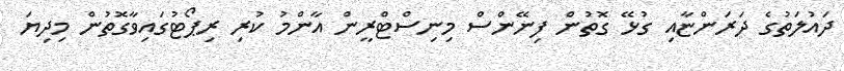
ދައުލަތުގެ ދަރަންޏާއި ގުޅޭ ގޮތުން ފިނޭންސް މިނިސްޓްރީން އާންމު ކުރި ރިޕޯޓުގައިވާގޮތުން މިދިޔަ